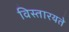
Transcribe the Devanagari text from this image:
विस्तारयते